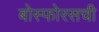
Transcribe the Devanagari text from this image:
बोस्फोरसची